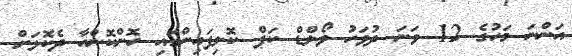
އަންނަ މަހުގެ 12 ވަނަ ދުވަހު ވޯލްޑް ކަޕް ކޮލިފައިންގައި ހޮންކޮންއާ ދެކޮޅަށް